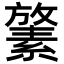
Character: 𪯛